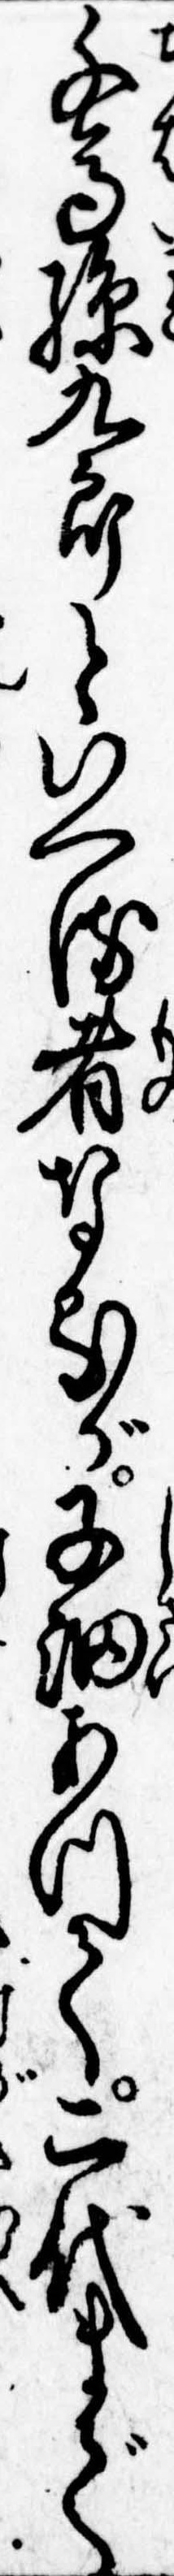
千馬孫九郎といへる者なるが子細あつて二代まで